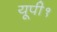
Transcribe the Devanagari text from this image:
यूपी१